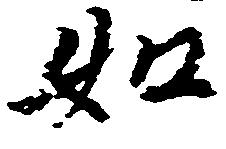
如